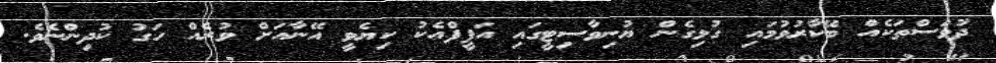
ދުވަސްތަކެއް ބޭކާރުވުމައި ގުޅިގެން ޔުނިވާސިޓީގައި އަފީފްއެކު ކިޔެވީ އޭނާއަށް ވުރެއް ހަގު ކުދިންނެވެ.